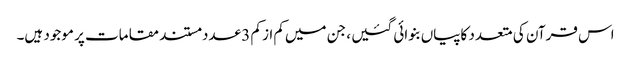
اس قرآن کی متعدد کاپیاں‌بنوائی گئیں ، جن میں‌کم از کم 3 عدد مستند مقامات پر موجود ہیں۔